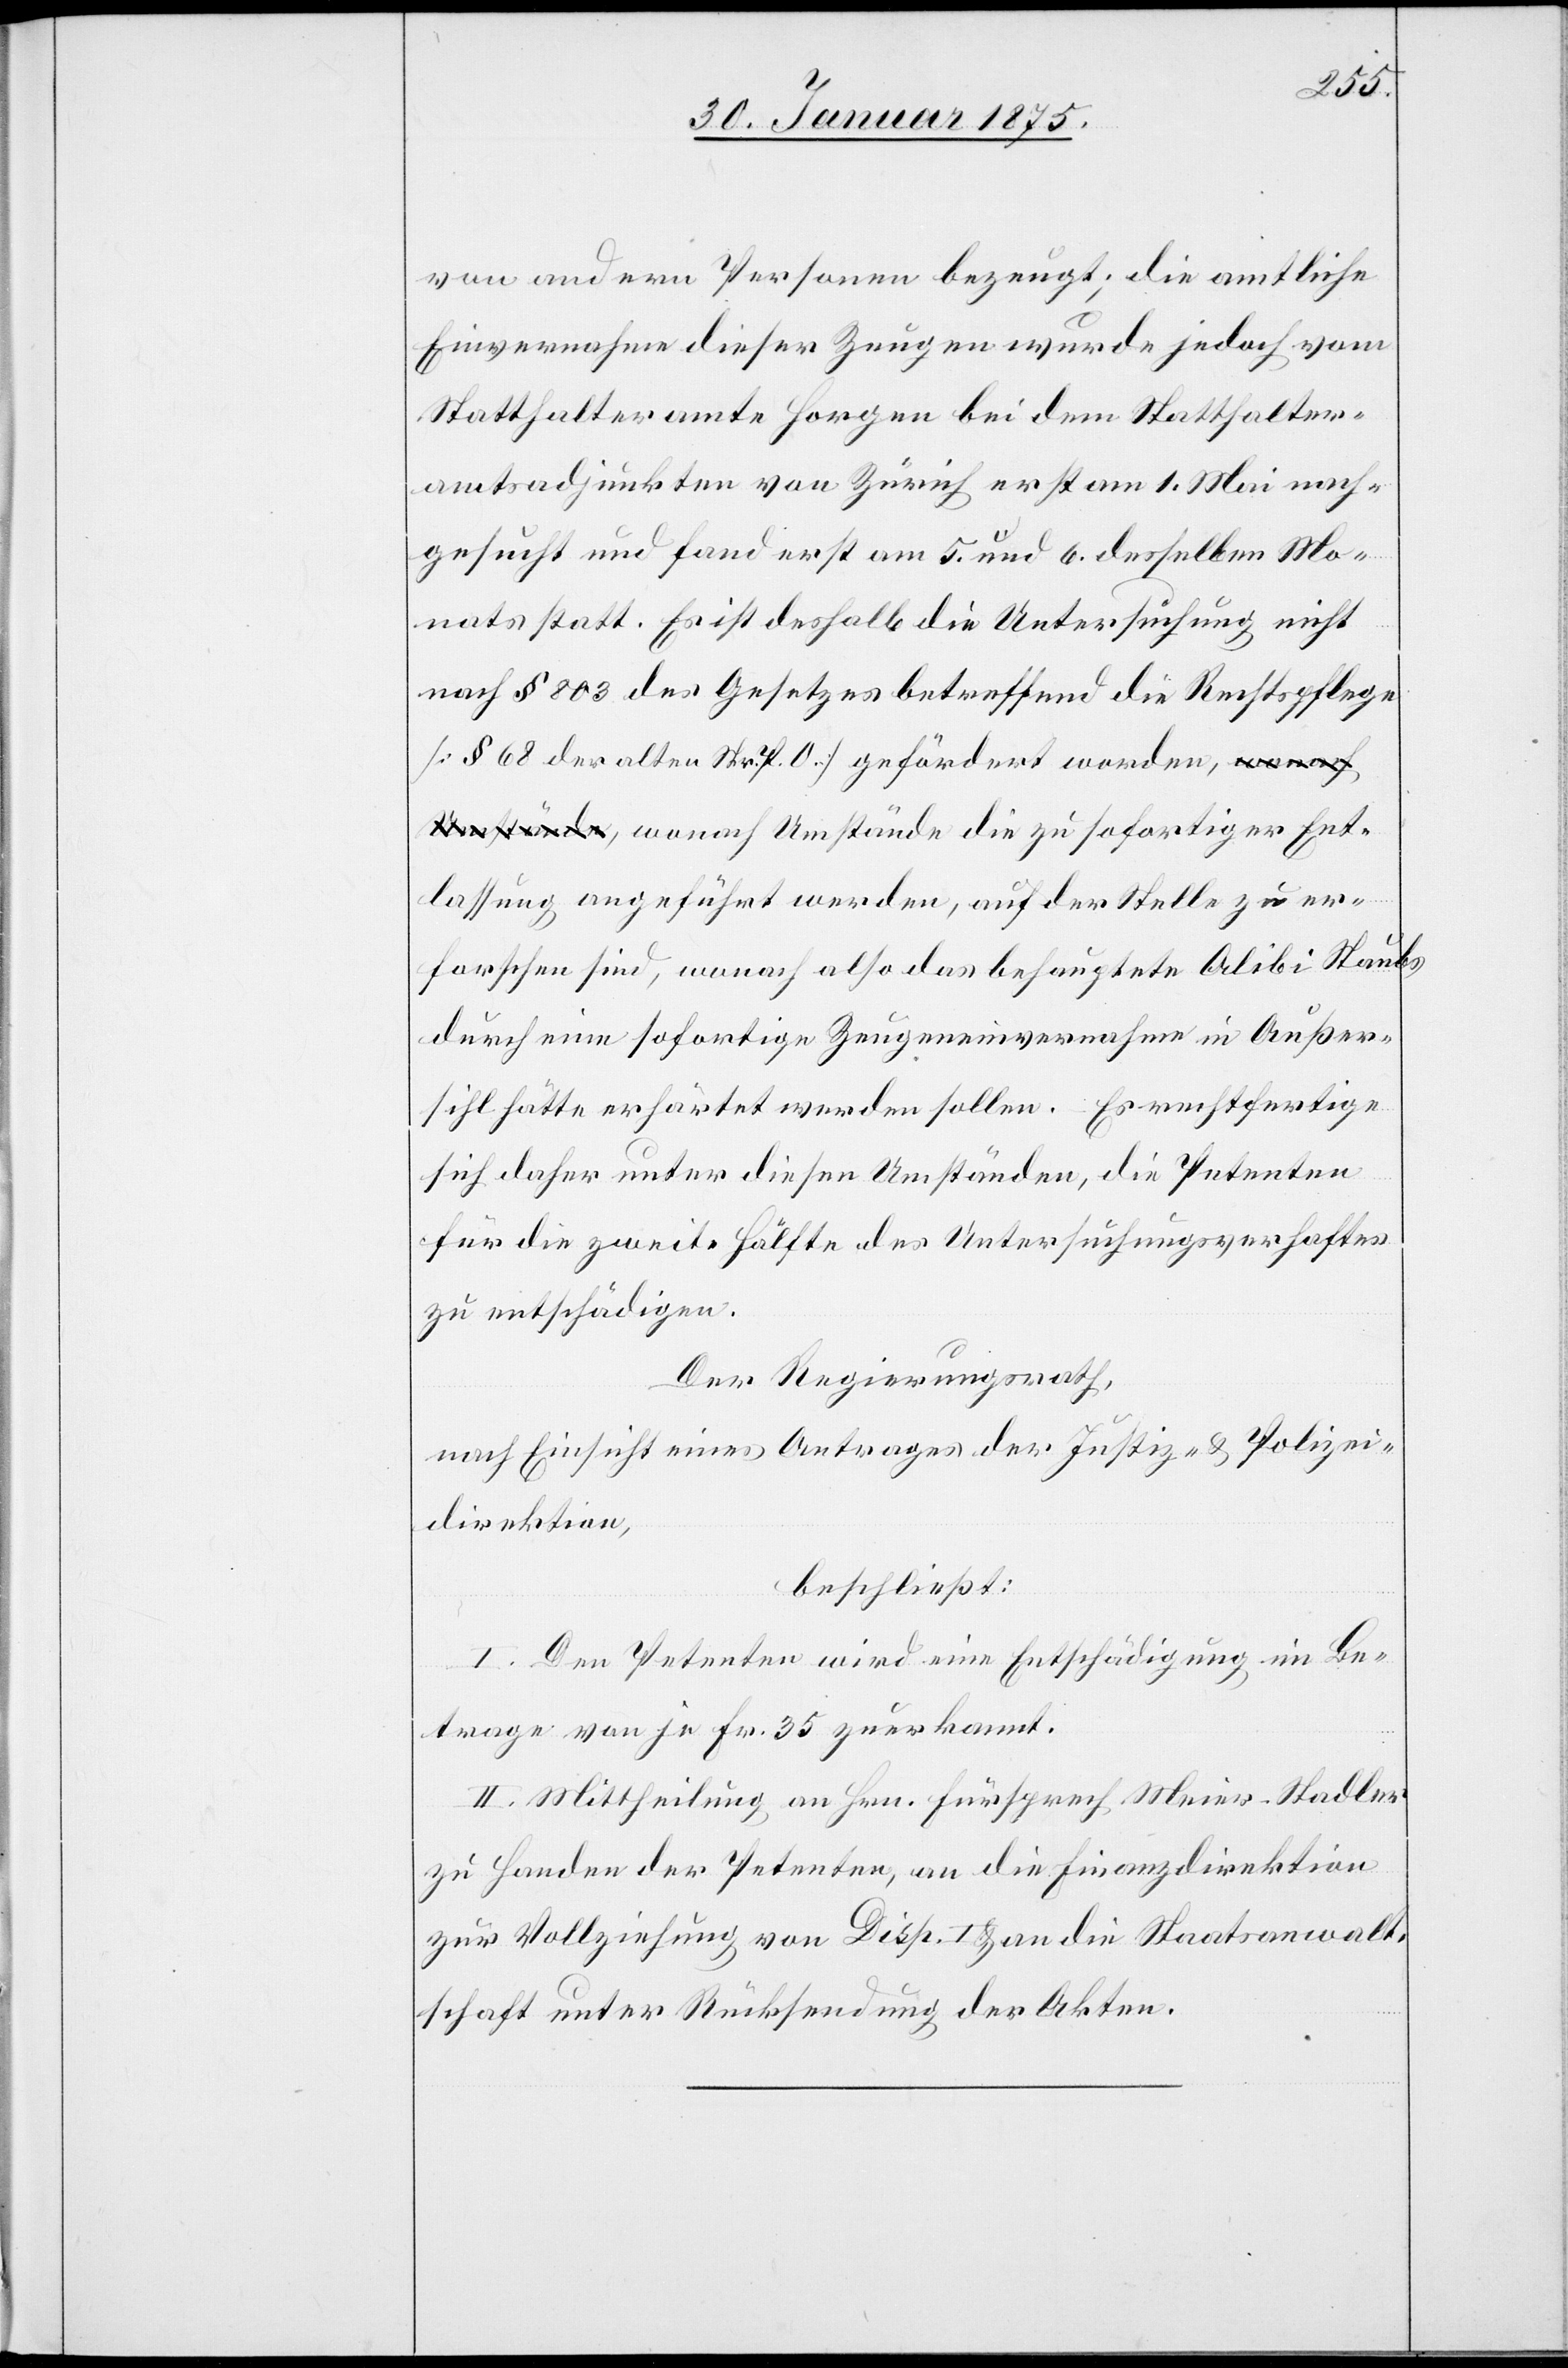
Ent¬
von andern Personen bezeugt; die amtliche
Einvernahme dieser zeugen wurde jedoch vom
Statthalteramte Horgen bei dem Statthalter¬
amtsadjunkten von Zürich erst am 1. Mai nach¬
gesucht und fand erst am 5. und 6. desselben Mo¬
nats statt. Es ist deshalb die Untersuchung nicht
nach § 803 des Gesetzes betreffend die Rechtspflege
(§ 68 der alten Str. P. O.) gefördert worden, wonach
lassung angeführt werden, auf der Stelle zu er¬
forschen sind, wonach also das behauptete Alibi Staubs
durch eine sofortige Zeugeneinvernahme in Außer¬
sihl hätte erhärtet werden sollen. Es rechtfertige
sich daher unter diesen Umständen, die Petenten
für die zweite Hälfte des Untersuchungsverhaftes
zu entschädigen.
Der Regierungsrath,
nach Einsicht eines Antrages der Justiz- & Polizei¬
direktion,
beschließt:
I. Den Petenten wird eine Entschädigung im Be¬
trage von je Fr. 35 zuerkannt.
II. Mittheilung an Hrn. Fürsprech Meier-Stadler
zu Handen der Petenten, an die Finanzdirektion
zur Vollziehung von Disp. I & an die Staatsanwalt¬
schaft unter Rücksendung der Akten.